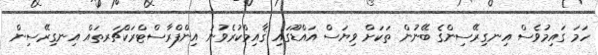
ހަމަ ގައިމުވެސް އިނގިރޭސިންގެ ބޭނުން ތަކަށް ވިޔަސް އައްޑޫގައި ޤާއިމްކުރެވުނު އިންފްރާސްޓްރަކްޗަރތައް އިނގިރޭސިން